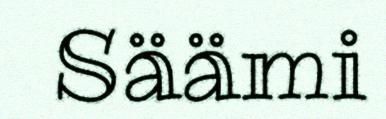
Säämi